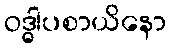
ဝဒ္ဓါပစာယိနော